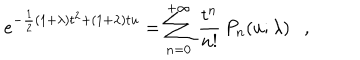
e ^ { - \frac { 1 } { 2 } ( 1 + \lambda ) t ^ { 2 } + ( 1 + \lambda ) t u } = \sum _ { n = 0 } ^ { + \infty } \, \frac { t ^ { n } } { n ! } \, P _ { n } ( u ; \lambda ) \ \ \ ,